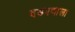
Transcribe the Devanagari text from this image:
दडपणाला